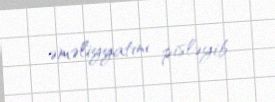
əməliyyatını pisləyib.